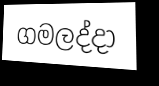
ගමලද්දා